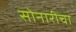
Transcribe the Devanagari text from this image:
सोनारीचा